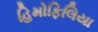
હિમોફિલિયા